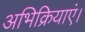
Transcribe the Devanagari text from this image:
अभिक्रियाएं।